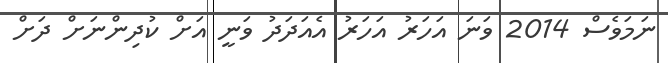
ނަމަވެސް 2014 ވަނަ އަހަރު އަހަރު އެއަދަދު ވަނީ އަށް ކުދިންނަށް ދަށް